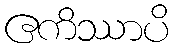
ဧကိဿာပိ